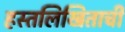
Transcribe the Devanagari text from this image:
हस्तलिखिताची